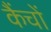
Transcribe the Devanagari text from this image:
कैंचों